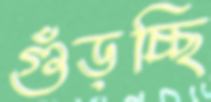
গুঁড়চ্ছি